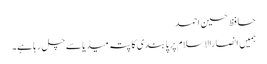
حافظ حسین احمد
ہمیں انصارالاسلام پر پابندی کا پتہ میڈیا سے چل رہا ہے۔